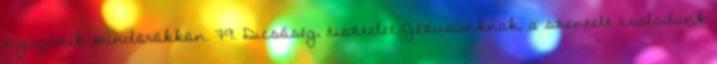
nyugszik mindörökkön. 79. Dicsőség, tisztelet Jézusunknak, a szentelt családunk